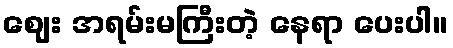
ဈေး အရမ်းမကြီးတဲ့ နေရာ ပေးပါ။